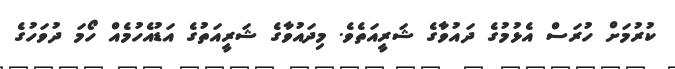
ކުރުމަށް ހުރަސް އެޅުމުގެ ދައުވާގެ ޝަރީއަތެވެ. މިދައުވާގެ ޝަރީއަތުގެ އަޑުއެހުމެއް ހޯމަ ދުވަހުގެ